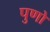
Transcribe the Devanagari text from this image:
पुणो